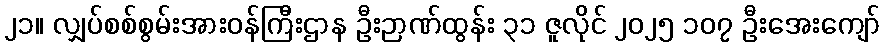
၂၁။ လျှပ်စစ်စွမ်းအားဝန်ကြီးဌာန ဦးဉာဏ်ထွန်း ၃၁ ဇူလိုင် ၂၀၂၅ ၁၀၇ ဦးအေးကျော်